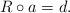
LaTeX: \begin{align*}R\circ a=d.\end{align*}